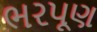
ભરપૂણ